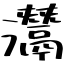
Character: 灊